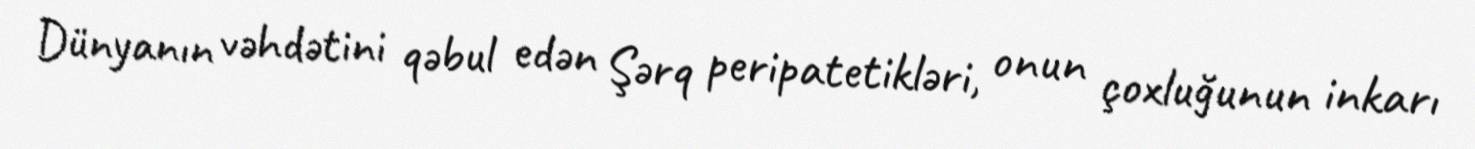
Dünyanın vəhdətini qəbul edən Şərq peripatetikləri, onun çoxluğunun inkarı